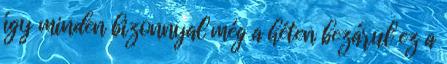
így minden bizonnyal még a héten bezárul ez a